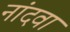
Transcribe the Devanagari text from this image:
नांदवा